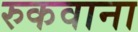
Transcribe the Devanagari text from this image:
रुकवाना